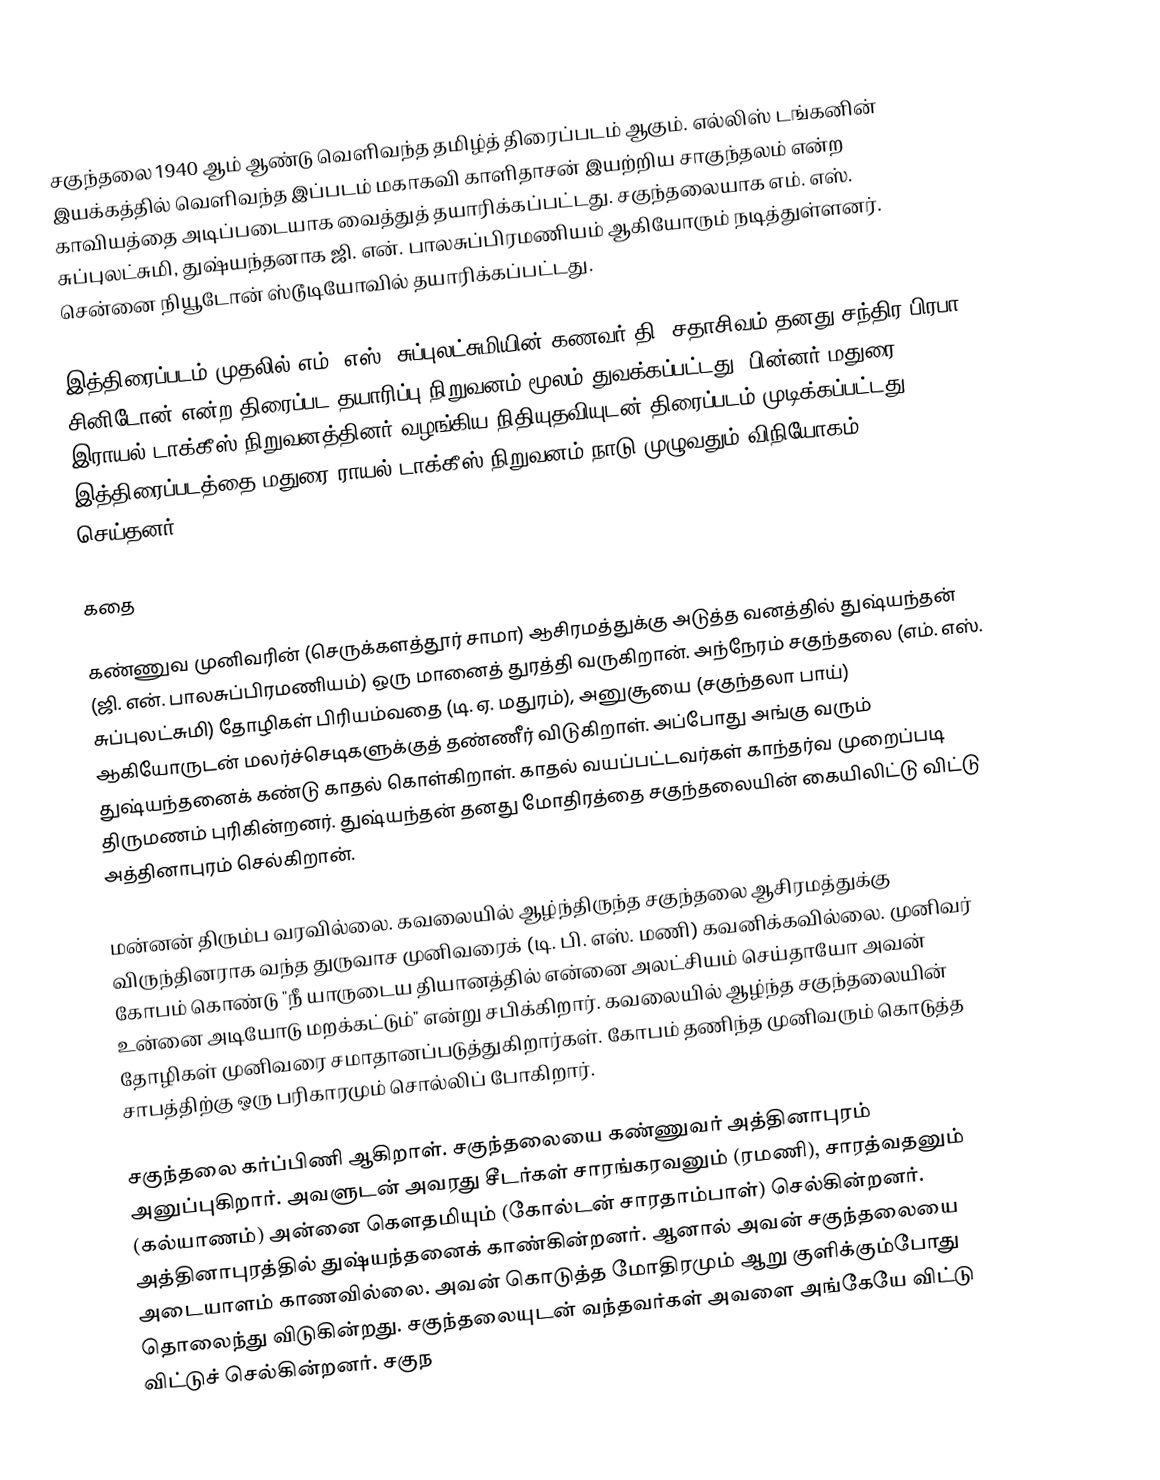
சகுந்தலை 1940 ஆம் ஆண்டு வெளிவந்த தமிழ்த் திரைப்படம் ஆகும். எல்லிஸ் டங்கனின் இயக்கத்தில் வெளிவந்த இப்படம் மகாகவி காளிதாசன் இயற்றிய சாகுந்தலம் என்ற காவியத்தை அடிப்படையாக வைத்துத் தயாரிக்கப்பட்டது. சகுந்தலையாக எம். எஸ். சுப்புலட்சுமி, துஷ்யந்தனாக ஜி. என். பாலசுப்பிரமணியம் ஆகியோரும் நடித்துள்ளனர். சென்னை நியூடோன் ஸ்டூடியோவில் தயாரிக்கப்பட்டது.

இத்திரைப்படம் முதலில் எம். எஸ். சுப்புலட்சுமியின் கணவர் தி. சதாசிவம் தனது சந்திர பிரபா சினிடோன் என்ற திரைப்பட தயாரிப்பு நிறுவனம் மூலம் துவக்கப்பட்டது. பின்னர் மதுரை இராயல் டாக்கீஸ் நிறுவனத்தினர் வழங்கிய நிதியுதவியுடன் திரைப்படம் முடிக்கப்பட்டது. இத்திரைப்படத்தை மதுரை ராயல் டாக்கீஸ் நிறுவனம் நாடு முழுவதும் விநியோகம் செய்தனர்.

கதை

கண்ணுவ முனிவரின் (செருக்களத்தூர் சாமா) ஆசிரமத்துக்கு அடுத்த வனத்தில் துஷ்யந்தன் (ஜி. என். பாலசுப்பிரமணியம்) ஒரு மானைத் துரத்தி வருகிறான். அந்நேரம் சகுந்தலை (எம். எஸ். சுப்புலட்சுமி)  தோழிகள் பிரியம்வதை (டி. ஏ. மதுரம்), அனுசூயை (சகுந்தலா பாய்) ஆகியோருடன் மலர்ச்செடிகளுக்குத் தண்ணீர் விடுகிறாள். அப்போது அங்கு வரும் துஷ்யந்தனைக் கண்டு காதல் கொள்கிறாள். காதல் வயப்பட்டவர்கள் காந்தர்வ முறைப்படி திருமணம் புரிகின்றனர். துஷ்யந்தன் தனது மோதிரத்தை சகுந்தலையின் கையிலிட்டு விட்டு அத்தினாபுரம் செல்கிறான்.

மன்னன் திரும்ப வரவில்லை. கவலையில் ஆழ்ந்திருந்த சகுந்தலை ஆசிரமத்துக்கு விருந்தினராக வந்த துருவாச முனிவரைக் (டி. பி. எஸ். மணி) கவனிக்கவில்லை. முனிவர் கோபம் கொண்டு "நீ யாருடைய தியானத்தில் என்னை அலட்சியம் செய்தாயோ அவன் உன்னை அடியோடு மறக்கட்டும்" என்று சபிக்கிறார். கவலையில் ஆழ்ந்த சகுந்தலையின் தோழிகள் முனிவரை சமாதானப்படுத்துகிறார்கள். கோபம் தணிந்த முனிவரும் கொடுத்த சாபத்திற்கு ஒரு பரிகாரமும் சொல்லிப் போகிறார்.

சகுந்தலை கர்ப்பிணி ஆகிறாள். சகுந்தலையை கண்ணுவர் அத்தினாபுரம் அனுப்புகிறார். அவளுடன் அவரது சீடர்கள் சாரங்கரவனும் (ரமணி), சாரத்வதனும் (கல்யாணம்) அன்னை கௌதமியும் (கோல்டன் சாரதாம்பாள்) செல்கின்றனர். அத்தினாபுரத்தில் துஷ்யந்தனைக் காண்கின்றனர். ஆனால் அவன் சகுந்தலையை அடையாளம் காணவில்லை. அவன் கொடுத்த மோதிரமும் ஆறு குளிக்கும்போது தொலைந்து விடுகின்றது. சகுந்தலையுடன் வந்தவர்கள் அவளை அங்கேயே விட்டு விட்டுச் செல்கின்றனர். சகுந